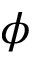
\phi